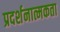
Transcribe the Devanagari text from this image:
प्रदर्शनात्मकता